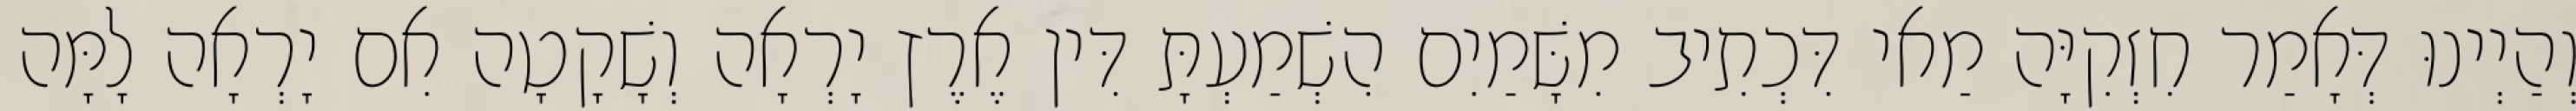
וְהַיְינוּ דְּאָמַר חִזְקִיָּה מַאי דִּכְתִיב מִשָּׁמַיִם הִשְׁמַעְתָּ דִּין אֶרֶץ יָרְאָה וְשָׁקָטָה אִם יָרְאָה לָמָּה